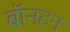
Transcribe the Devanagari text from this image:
बॉनटन